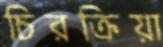
চিরক্রিয়া